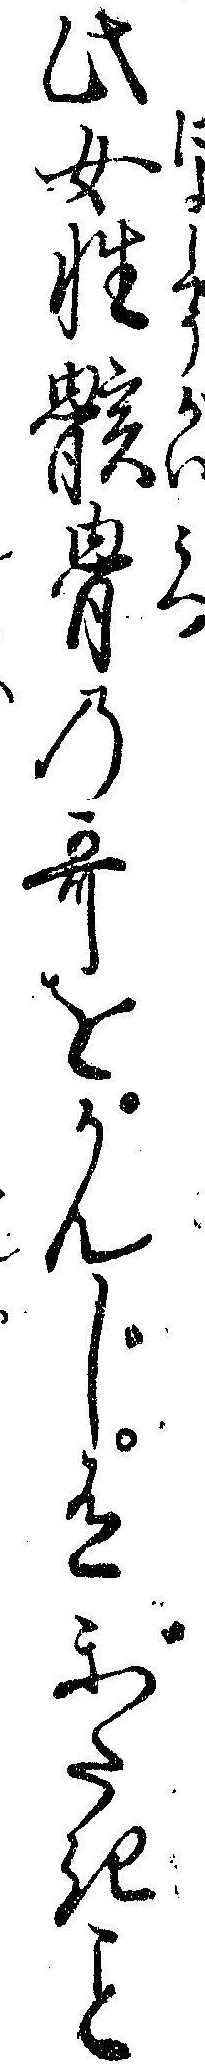
此女性骸骨の歌をかんじ有がたきこと